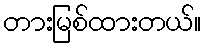
တားမြစ်ထားတယ်။